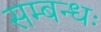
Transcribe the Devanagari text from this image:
सम्बन्धः